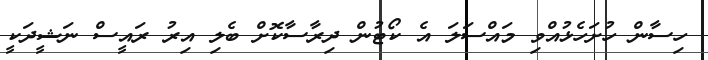
ހިސާން ހުށަހެޅުއްވި މައްސަލަ އެ ކޯޓުން ދިރާސާކޮށް ބެލި އިރު ރައީސް ނަޝީދަކީ